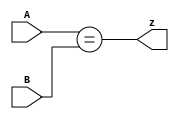
// This program was cloned from: https://github.com/viduraakalanka/HDL-Bits-Solutions
// License: The Unlicense

module top_module ( input [1:0] A, input [1:0] B, output z ); 
    assign z = (A==B);

endmodule